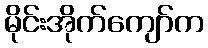
မိုင်းအိုက်ကျော်က